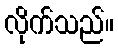
လိုက်သည်။